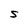
Character: S